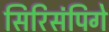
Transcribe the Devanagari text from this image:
सिरिसंपिगे